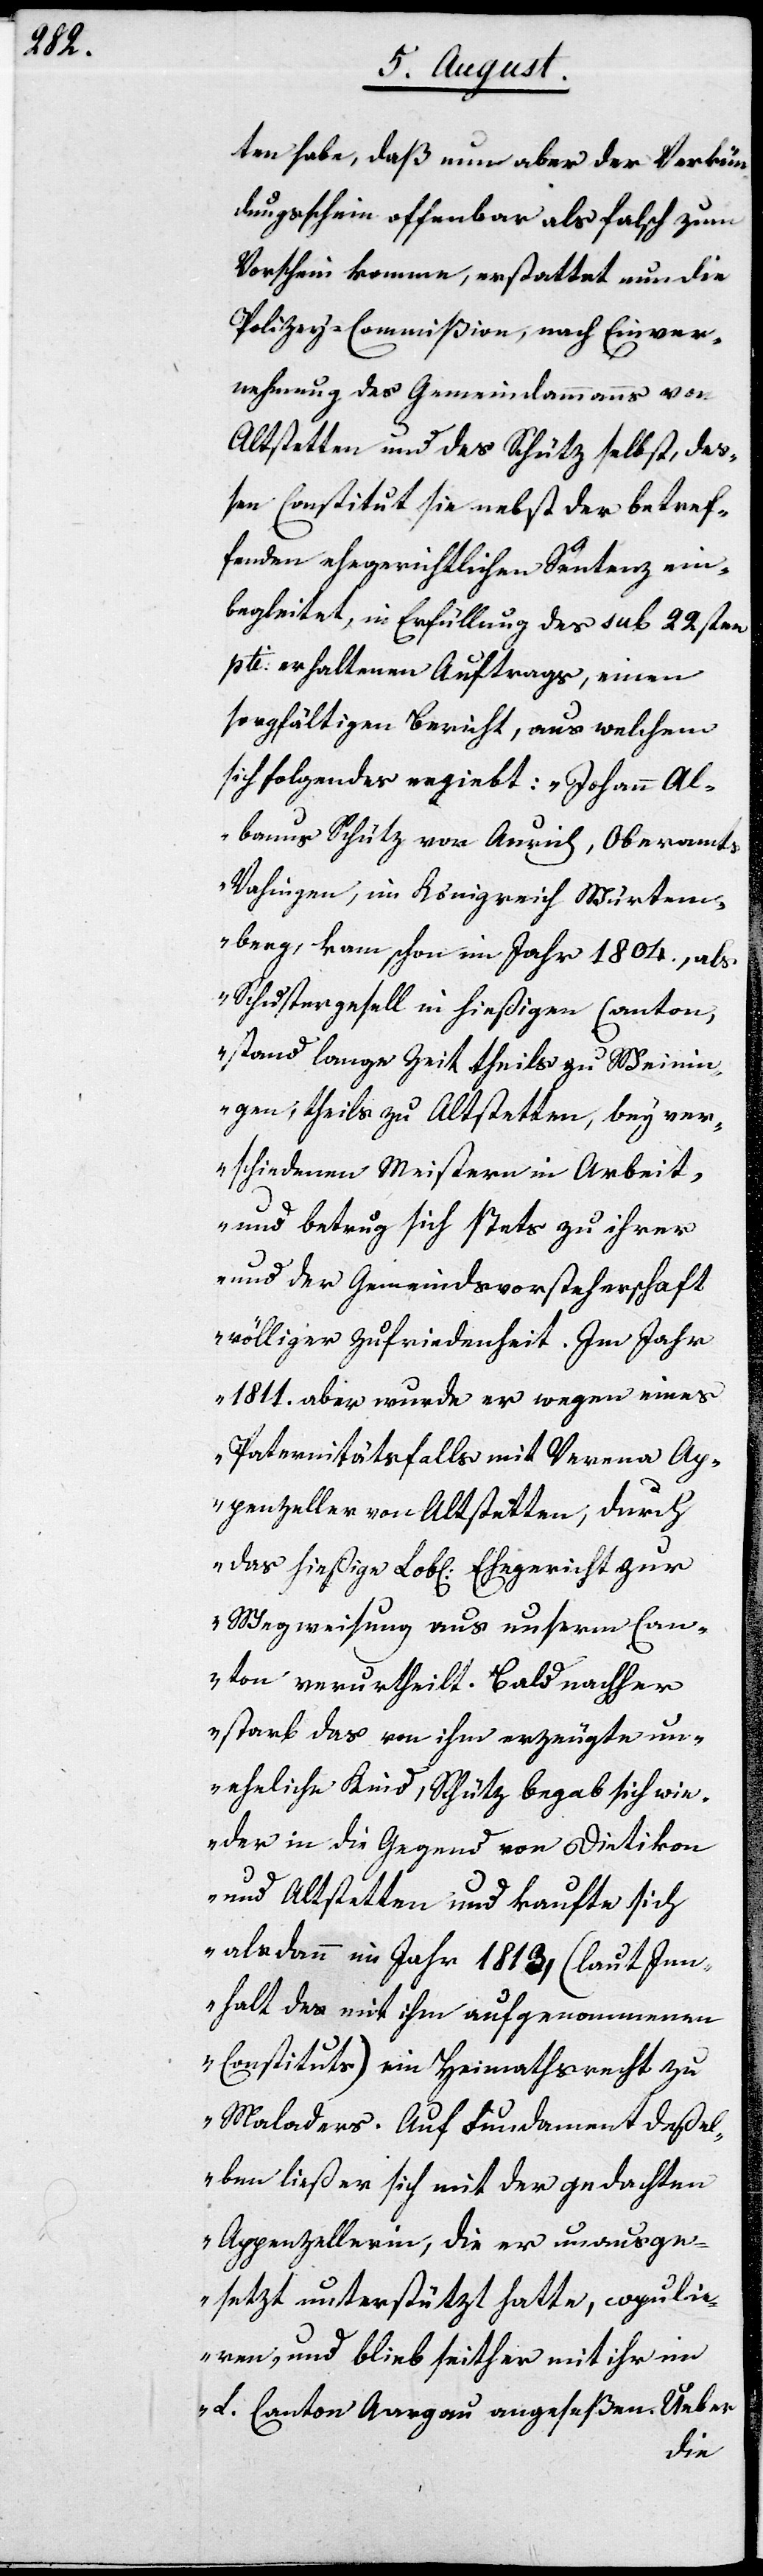
ten habe, daß nun aber der Verkün¬
dungsschein offenbar als falsch zum
Vorschein komme, erstattet nun die
Polizey-Commißion, nach Einver¬
nehmung des Gemeindammanns von
Altstetten und des Schütz selbst, deß¬
en Constitut sie nebst der betref¬
fenden ehegerichtlichen Sentenz ein¬
begleitet, in Erfüllung des sub 22sten
pti. erhaltenen Auftrags, einen
sorgfältigen Bericht, aus welchem
sich folgendes ergiebt: „Johann Al¬
banus Schütz von Aurich, Oberamts
Vahingen, im Königreich Würtem¬
berg, kam schon im Jahre 1804, als
Schustergesell in hießigen Canton,
stand lange Zeit theils zu Wein¬
igen, theils zu Altstetten, bey ver¬
schiedenen Meistern in Arbeit,
und betrug sich stets zu ihrer
und der Gemeindsvorsteherschaft
völliger Zufriedenheit. Im Jahre
1811 aber wurde er wegen eines
Paternitätsfalls mit Verena Ap¬
penzeller von Altstetten, durch
das hießige Lobl. Ehegericht zur
Wegweisung aus unserm Can¬
ton verurtheilt. Bald nachher
starb das von ihm erzeugte un¬
eheliche Kind, Schütz begab sich wie¬
der in die Gegend von Dietikon
und Altstetten und kaufte sich
alsdann im Jahr 1813 (laut Inn¬
halt des mit ihm aufgenommenen
Constituts) ein Heimathrecht zu
Maladers. Auf Fundament deßel¬
ben ließ er sich mit der gedachten
Appenzellerin, die er unausge¬
setzt unterstützt hatte, copuli¬
eren, und blieb seither mit ihr im
L. Canton Aargau angeseßen. Ueber